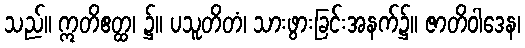
သည်။ ဣတိဧတ္ထ၊ ၌။ ပသူတိတံ၊ သားဖွားခြင်းအနက်၌။ ဇာတိဝါဒေန၊